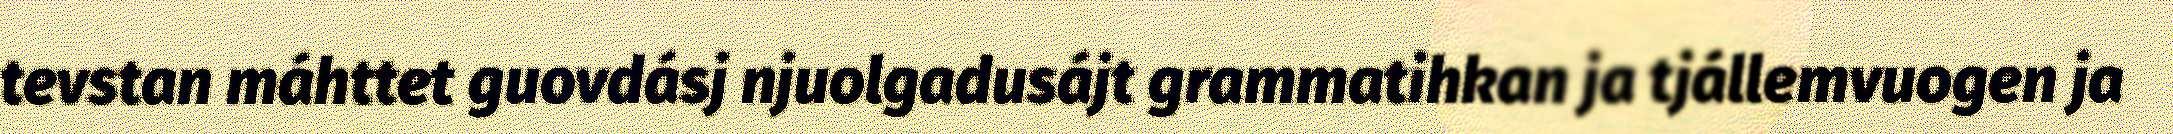
tevstan máhttet guovdásj njuolgadusájt grammatihkan ja tjállemvuogen ja